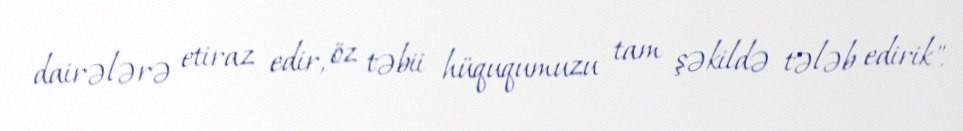
dairələrə etiraz edir, öz təbii hüququmuzu tam şəkildə tələb edirik".